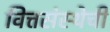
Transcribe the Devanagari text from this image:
वित्तसंस्थेची